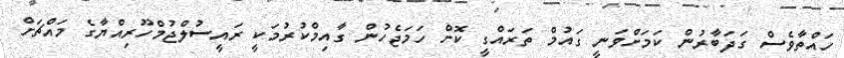
ހައްތާވެސް ގަދަބާރުން ކަމަށްވަނީ ގައުމް ތަރައްގީ ކޮށް ހަމަޖެހުން ގާއިމްކުރުމަކީ ރައީސުލްޖުމްހޫރިއްޔާގެ މައްޗަށް